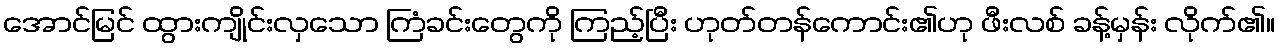
အောင်မြင် ထွားကျိုင်းလှသော ကြံခင်းတွေကို ကြည့်ပြီး ဟုတ်တန်ကောင်း၏ဟု ဖီးလစ် ခန့်မှန်း လိုက်၏။